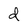
Character: d